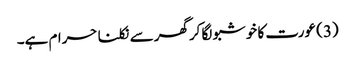
(3) عورت کا خوشبو لگا کرگھر سے نکلنا حرام ہے۔